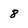
Character: 8